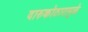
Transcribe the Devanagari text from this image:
दारुकोठारामुळे